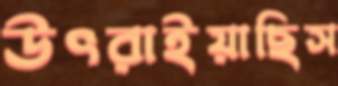
উৎরাইয়াছিস